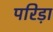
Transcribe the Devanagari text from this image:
परिड़ा